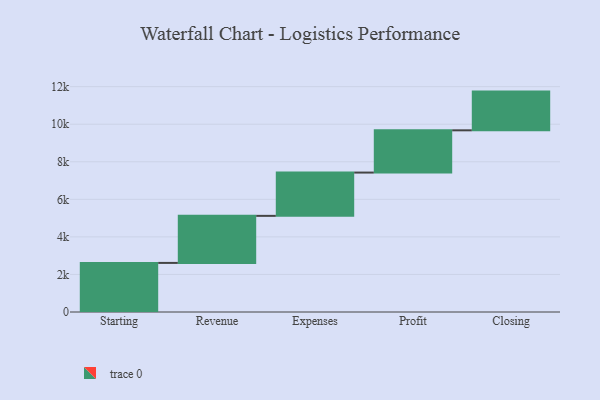
{"axis": {"x": "Step", "y": "Value"}, "legend": [""], "data": [{"x": "Starting", "y": 2614.0, "type": ""}, {"x": "Revenue", "y": 2506.0, "type": ""}, {"x": "Expenses", "y": 2305.0, "type": ""}, {"x": "Profit", "y": 2250.0, "type": ""}, {"x": "Closing", "y": 2062.0, "type": ""}]}